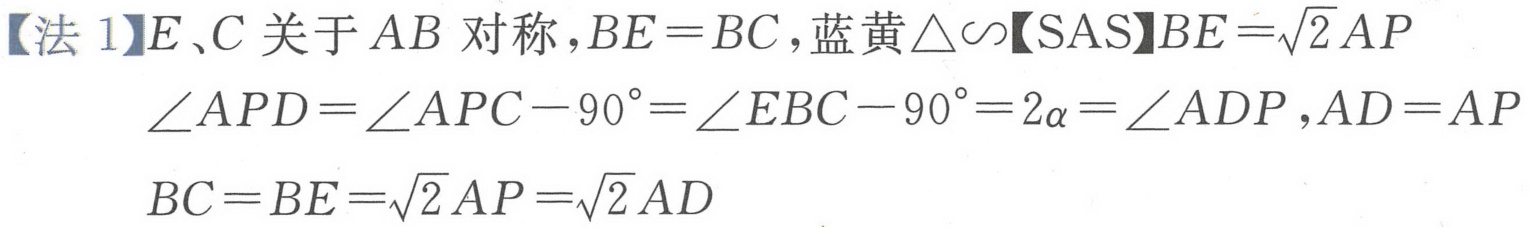
【法 1】\(E、C\)关于\(AB\)对称，\(BE = BC\)，蓝黄\(\triangle\sim\)【SAS】\(BE=\sqrt{2}AP\)
\(\angle APD=\angle APC - 90^{\circ}=\angle EBC - 90^{\circ}=2\alpha=\angle ADP\)，\(AD = AP\)
\(BC = BE=\sqrt{2}AP=\sqrt{2}AD\)